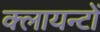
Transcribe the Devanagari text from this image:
क्लायन्टों